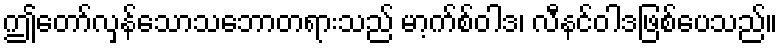
ဤတော်လှန်သောသဘောတရားသည် မာ့က်စ်ဝါဒ၊ လီနင်ဝါဒဖြစ်ပေသည်။